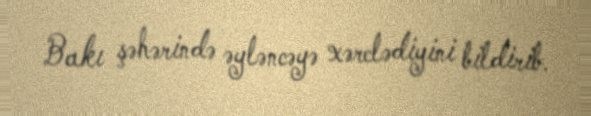
Bakı şəhərində əyləncəyə xərclədiyini bildirib.